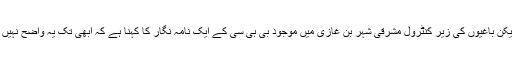
اگرچہ حکومت مخالف فوج نے حملے کو پسپا کرنے کا دعویٰ کیا ہے لیکن باغیوں کی زیر کنٹرول مشرقی شہر بن غازی میں موجود بی بی سی کے ایک نامہ نگار کا کہنا ہے کہ ابھی تک یہ واضح نہیں ہو سکا کہ باغیوں نے اجدابیا کا مکمل کنٹرول حاصل کر لیا ہے یا نہیں۔